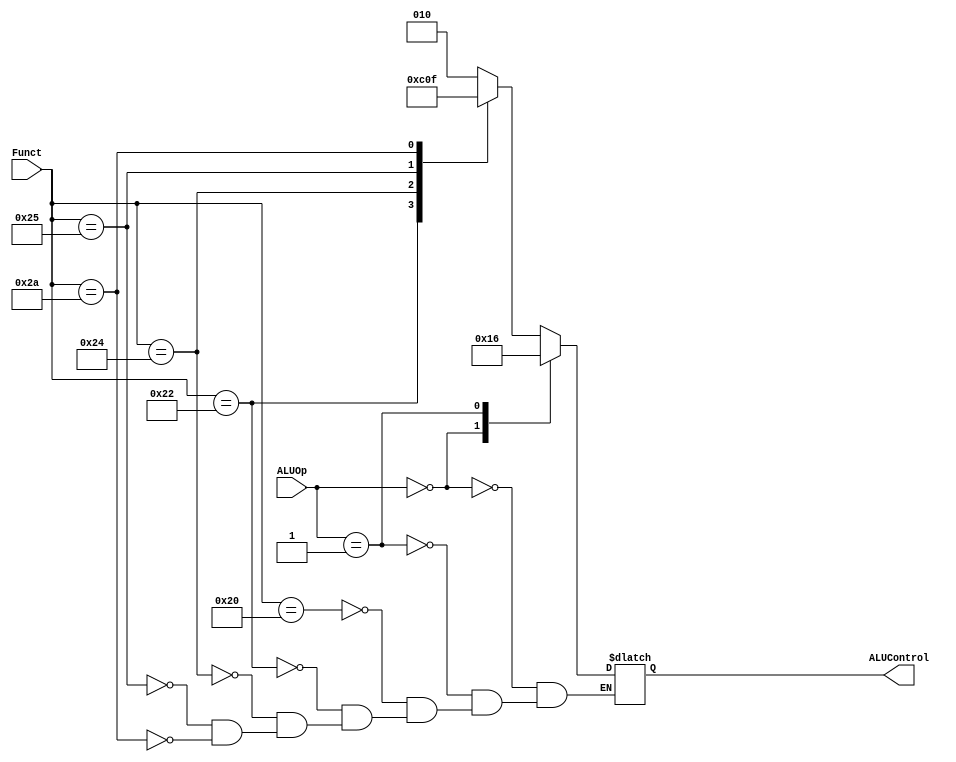
`timescale 1ns / 1ps
//////////////////////////////////////////////////////////////////////////////////
// Company: 
// Engineer: 
// 
// Design Name: 
// Module Name:    ALU_Decoder 
// Project Name: 
// Target Devices: 
// Tool versions: 
// Description: 
//
// Dependencies: 
//
// Revision: 
// Revision 0.01 - File Created
// Additional Comments: The ALU Decoder takes in funct from Instruction [5:0]. 
//								If the ALUOp is 0 or 1, the instruction is I-type. (Load word/Store word)
//								Otherwise it is an R-type and the decoder will look at the funct field to tell the ALU what operation to perform.
//////////////////////////////////////////////////////////////////////////////////
module ALU_Decoder( input [1:0] ALUOp,
						  input [5:0] Funct,
						  output [2:0] ALUControl
						  );
	reg [2:0] control; 
	always @(*) begin
		case (ALUOp)			   // I-TYPE
			2'b00: control <= 3'b010; // Add
			2'b01: control <= 3'b110; // Sub
			default: case (Funct)		  // R-TYPE
				6'b100000: control <= 3'b010; // Add 
				6'b100010: control <= 3'b110; // Sub
				6'b100100: control <= 3'b000; // And 
				6'b100101: control <= 3'b001; // Or
				6'b101010: control <= 3'b111; // Slt
			endcase 
		endcase
	end
	assign ALUControl = control; 
endmodule